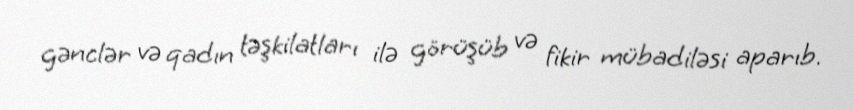
gənclər və qadın təşkilatları ilə görüşüb və fikir mübadiləsi aparıb.